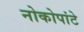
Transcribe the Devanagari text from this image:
नोकोपांटे